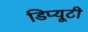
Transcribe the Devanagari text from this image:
डिप्यूटी